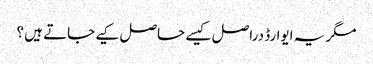
مگر یہ ایوارڈ دراصل کیسے حاصل کیے جاتے ہیں ؟